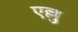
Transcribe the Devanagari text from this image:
एल्लु